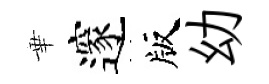
華邃版幼